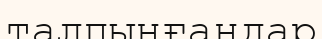
талпынғандар